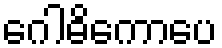
ဂေါဓိကောပေ